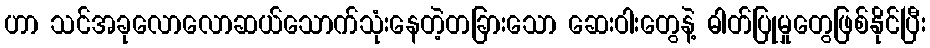
ဟာ သင်အခုလောလောဆယ်သောက်သုံးနေတဲ့တခြားသော ဆေးဝါးတွေနဲ့ ဓါတ်ပြုမှုတွေဖြစ်နိုင်ပြီး